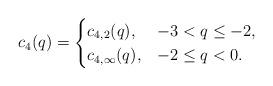
LaTeX: \begin{align*}c_{4}(q) = \begin{cases} c_{4,2}(q), & -3 < q \leq -2, \\ c_{4,\infty}(q), & -2 \leq q < 0. \end{cases}\end{align*}